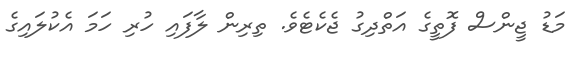
މަޑު ޖީންސް ފޮތީގެ އަތްދިގު ޖެކެޓެވެ. ތިރިން ލާފައި ހުރި ހަމަ އެކުލައިގެ